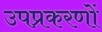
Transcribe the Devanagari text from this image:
उपप्रकरणों